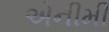
એનીમી